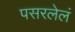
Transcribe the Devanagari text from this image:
पसरलेलं